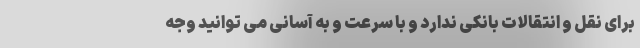
برای نقل و انتقالات بانکی ندارد و با سرعت و به آسانی می توانید وجه